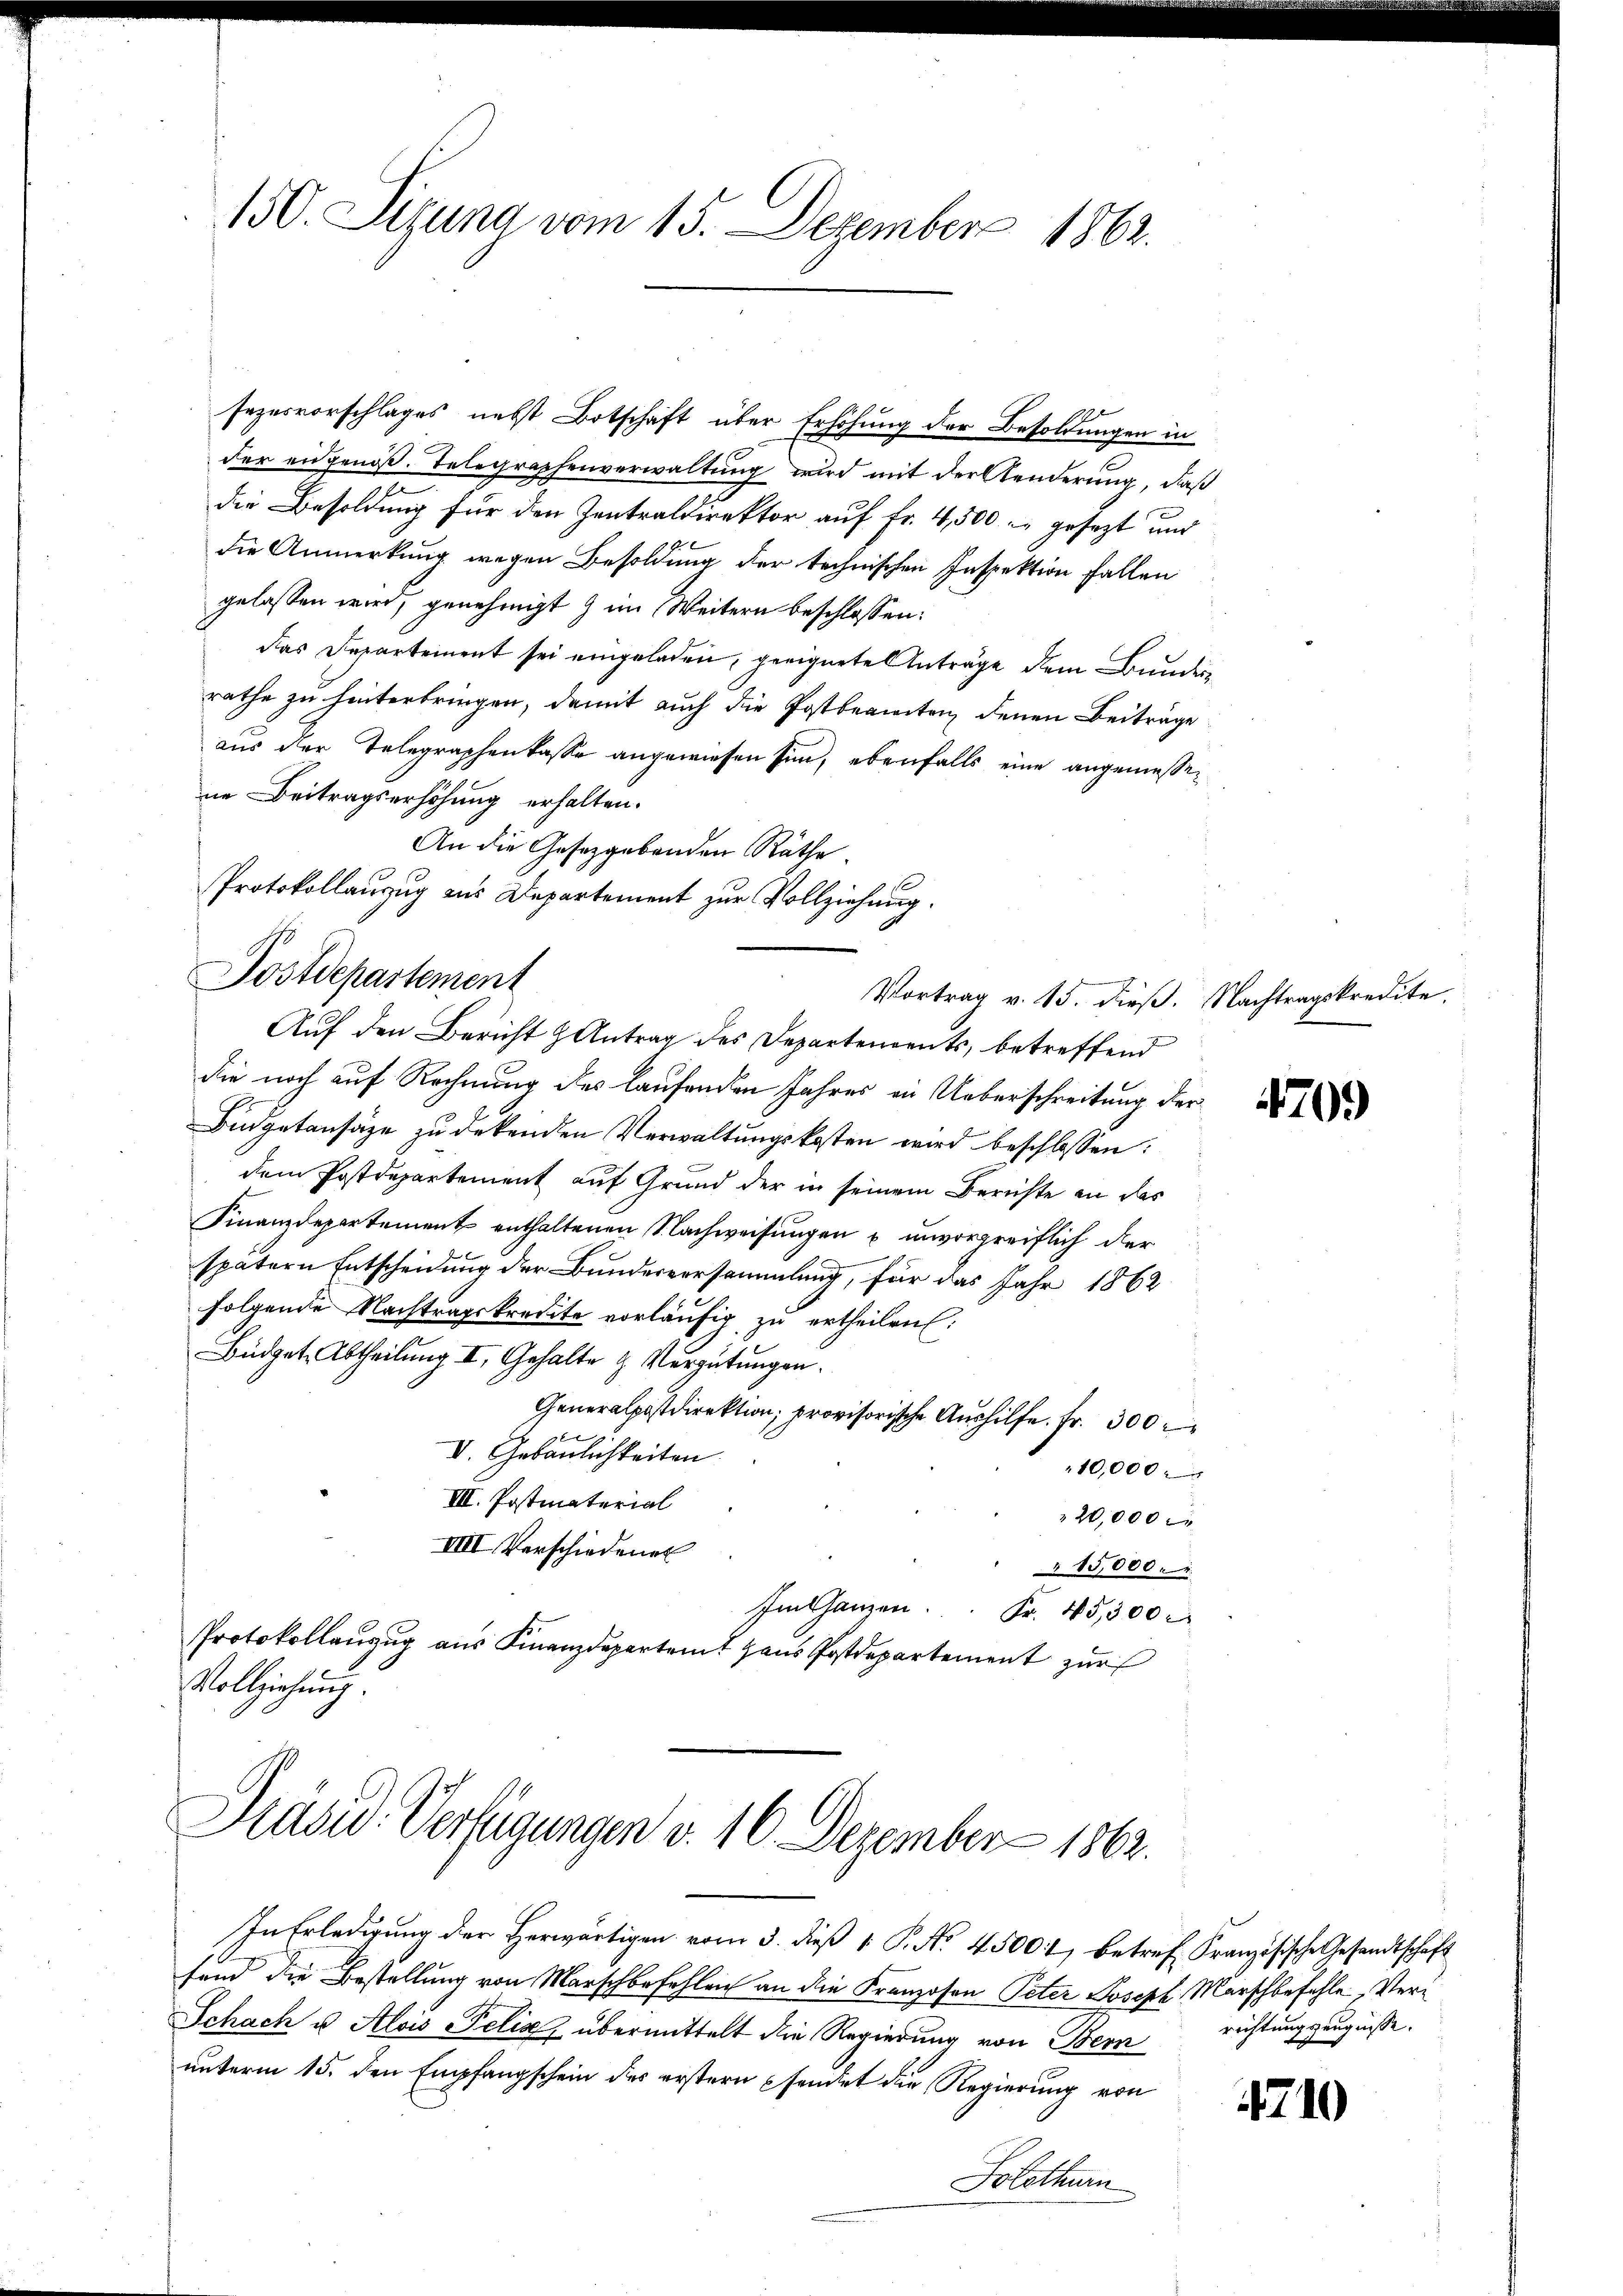
sezesvorschlages nebst Botschaft über Erhöhung der Besoldungen in
der eidgenöß. Telegraphenverwaltung wird mit der Aenderung, daß
die Besoldung für den Zentraldirektor auf Fr. 4,500 - gesezt und
die Anmerkung wegen Besoldung der technischen Inspektion fallen
gelassen wird, genehmigt & im Weitern beschlossen:
das Departement sei eingeladen, geeignete Anträge dem Bunden
rathe zu hinterbringen, damit auch die Postbeamten, denen Beiträge
aus der Telegraphenkasse angewiesen sin, ebenfalls eine angemessene Beitragserhöhung erhalten.
An die Gesetzgebenden Räthe.
Protokollanzug aus Departement zur Vollziehung.
Auf den Bericht Antrag des Departements, betreffend
die noch auf Rechnung des Laufenden Jahres in Ueberschreitung der
Budgetansäze zu dekenden Verwaltungskosten wird beschlossen:
dem Postdepartement auf Grund der in seinem Berichte an das
Finanzdepartement enthaltenen Nachweisungen & unvorgreiflich der
spätern Entscheidung der Bundesversammlung, für das Jahr 1862
folgende Nachtragskredite vorläŭfig zu ertheilen:
Büdget. Abtheilung II. Gehalte & Vergütungen.
Generalpostdirektion, provisorische Aŭshilfe. Fr. 300.
V. Gebäulichkeiten
10,000
III. Postmaterial
20,000 M
VIII Verschiedenen
" 15,000.
Im Ganzen . . . Fr. 45,300 r
Protokollanzug aus Finanzdepartem Haus Postdepartement zur
Vollziehung.

150. Sizung vom 15. Dezember 1862.

Postdepartement

Vortrag v. 15. dieß. Nachtragskredite.

Präsid. Verfügungen v. 16. Dezember 1862.

In Erledigung der Herwärtigen vom 3. dieß 1 P. No 45001, betref Französische Gesandtschaft
fend die Bestellung von Marschbefehlen an die Franzosen Peter Joseph Marschbefehle, Ver¬
Schach u. Alois Pelia, übermittelt die Regierung von Bern
unterm 15. den Empfangschein des erstern sendet die Regierung von
Solothurn

709

richtungszeugnisse.

4710